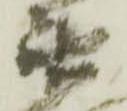
衛